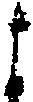
よ